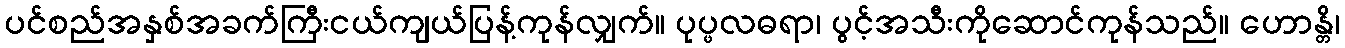
ပင်စည်အနှစ်အခက်ကြီးငယ်ကျယ်ပြန့်ကုန်လျှက်။ ပုပ္ဖလဓရာ၊ ပွင့်အသီးကိုဆောင်ကုန်သည်။ ဟောန္တိ၊